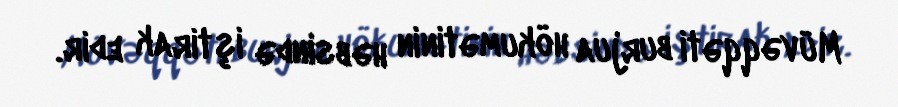
Müvəqqəti burjua hökumətinin həbsində iştirak edir.